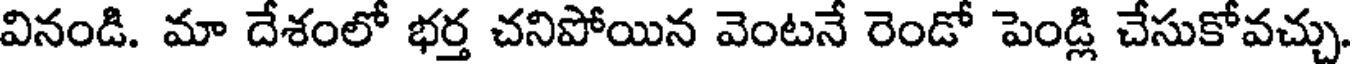
వినండి. మా దేశంలో భర్త చనిపోయిన వెంటనే రెండో పెండ్లి చేసుకోవచ్చు